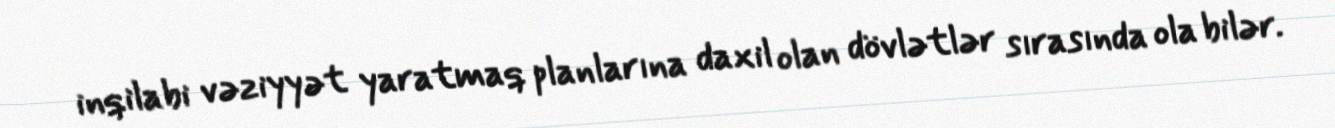
inqilabi vəziyyət yaratmaq planlarına daxil olan dövlətlər sırasında ola bilər.